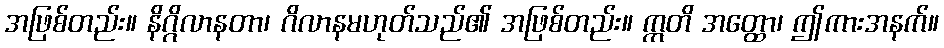
အဖြစ်တည်း။ နိဂ္ဂိလာနတာ၊ ဂိလာနမဟုတ်သည်၏ အဖြစ်တည်း။ ဣတိ အတ္ထော၊ ဤကားအနက်။